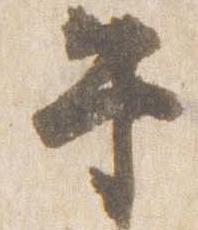
午